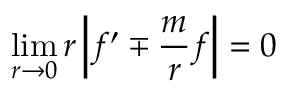
\operatorname * { l i m } _ { r \to 0 } r \left| f ^ { \prime } \mp \frac m r f \right| = 0